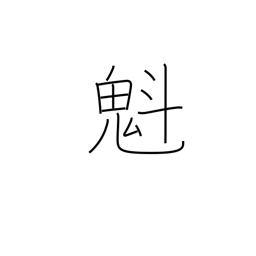
Meaning: charging ahead of others